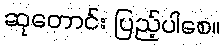
ဆုတောင်း ပြည့်ပါစေ။